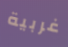
غربية